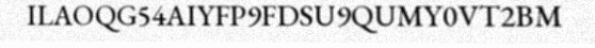
ILAOQG54AIYFP9FDSU9QUMY0VT2BM